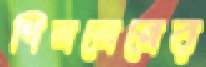
শিললেনের